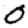
Digit: 0